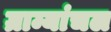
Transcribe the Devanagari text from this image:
ग्राम्यांचल